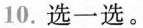
10.选一选。